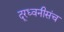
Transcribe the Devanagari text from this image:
दूरध्वनीसंच